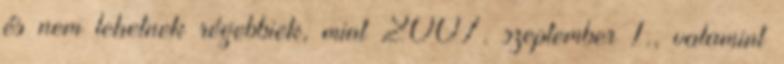
és nem lehetnek régebbiek, mint 2007. szeptember 1., valamint